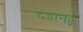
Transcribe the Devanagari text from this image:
दंडानई